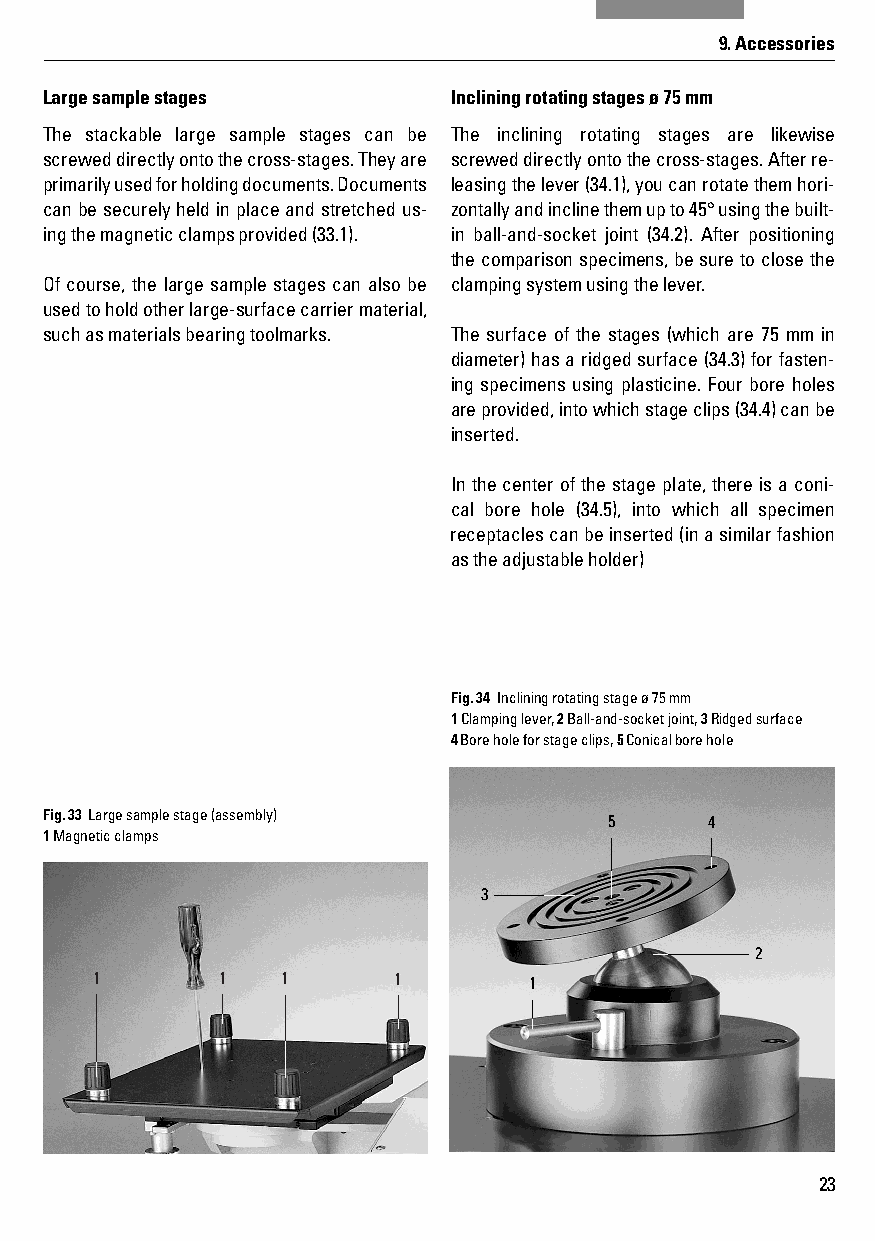
9. Accessories
 Large sample stages        Inclining rotating stages ø 75 mm
 The stackable large sample stages can be The inclining rotating stages are likewise
 screwed directly onto the cross-stages. They are screwed directly onto the cross-stages. After re-
 primarily used for holding documents. Documents leasing the lever (34.1), you can rotate them hori-
 can be securely held in place and stretched us- zontally and incline them up to 45° using the built-
 ing the magnetic clamps provided (33.1). in ball-and-socket joint (34.2). After positioning
 the comparison specimens, be sure to close the
 Of course, the large sample stages can also be clamping system using the lever.
 used to hold other large-surface carrier material,
 such as materials bearing toolmarks. The surface of the stages (which are 75 mm in
 diameter) has a ridged surface (34.3) for fasten-
 ing specimens using plasticine. Four bore holes
 are provided, into which stage clips (34.4) can be
 inserted.
 In the center of the stage plate, there is a coni-
 cal bore hole (34.5), into which all specimen
 receptacles can be inserted (in a similar fashion
 as the adjustable holder)
 Fig. 34 Inclining rotating stage ø 75 mm
 1 Clamping lever, 2 Ball-and-socket joint, 3 Ridged surface
 4 Bore hole for stage clips, 5 Conical bore hole
 Fig. 33 Large sample stage (assembly) 5     4
 1 Magnetic clamps
 3
 2
 1       1    1      1        1
 23